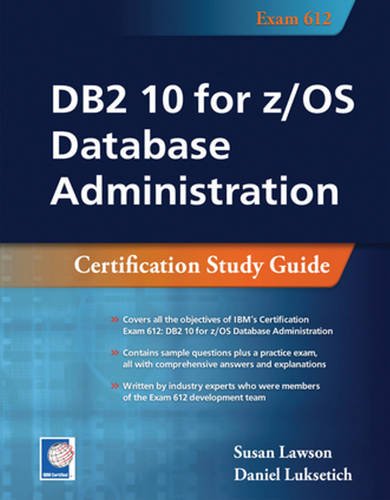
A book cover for DB2 10 for z/OS Database Administration: Certification Study Guide; Susan Lawson; Computers & Technology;